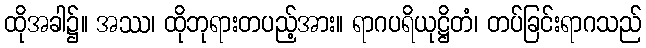
ထိုအခါ၌။ အဿ၊ ထိုဘုရားတပည့်အား။ ရာဂပရိယုဋ္ဌိတံ၊ တပ်ခြင်းရာဂသည်